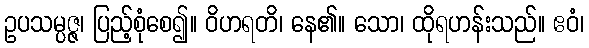
ဥပသမ္ပဇ္ဇ၊ ပြည့်စုံစေ၍။ ဝိဟရတိ၊ နေ၏။ သော၊ ထိုရဟန်းသည်။ ဧဝံ၊